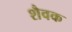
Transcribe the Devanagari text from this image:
शैवक